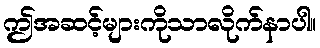
ဤအဆင့်များကိုသာလိုက်နာပါ။